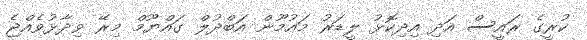
ކުރީގެ ރައީސް އަދި އިދިކޮޅު ލީޑަރު މައުމޫން އަބްދުލް ގައްޔޫމް މިރޭ ވިދާޅުވެއްޖެ